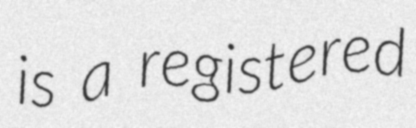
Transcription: is a registered